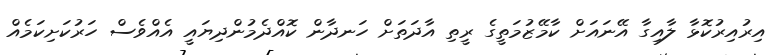
އިރުއިރުކޮޅާ ލާއިގާ އޭނައަށް ކާމޭޒުމަތީގެ ރީތި އާދަތަށް ހަނދާން ކޮއްދެމުންދިޔައީ އެއްވެސް ހަރުކަށިކަމެއް